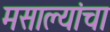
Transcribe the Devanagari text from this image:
मसाल्यांचा